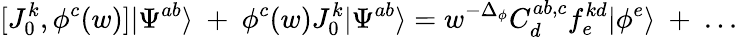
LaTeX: [J_{0}^{k},\phi^{c}(w)]|\Psi^{ab}\rangle~+~\phi^{c}(w)J_{0}^{k}|\Psi^{ab}\rangle=w^{-\Delta_{\phi}}C_{d}^{ab,c}f_{e}^{kd}|\phi^{e}\rangle~+~...